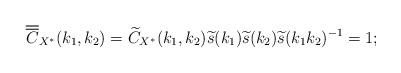
LaTeX: \begin{align*}\overline{\overline{C}}_{X^{\ast}}(k_1,k_2)&=\widetilde{C}_{X^{\ast}}(k_1, k_2) \widetilde{s}(k_1) \widetilde{s}(k_2) \widetilde{s}(k_1k_2)^{-1}=1;\end{align*}